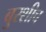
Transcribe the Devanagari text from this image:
बुरशीच